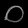
Digit: ၀